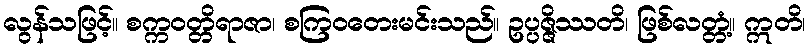
လွန်သဖြင့်။ စက္ကဝတ္တိရာဇာ၊ စကြဝတေးမင်းသည်။ ဥပ္ပဇ္ဇိဿတိ၊ ဖြစ်လတ္တံ့။ ဣတိ၊